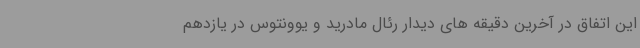
این اتفاق در آخرین دقیقه های دیدار رئال مادرید و یوونتوس در یازدهم